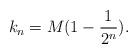
LaTeX: \begin{align*}k_n=M (1-\frac{1}{2^n} ).\end{align*}